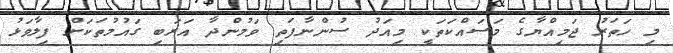
މި ހަތަރު ޖަމިއްޔާގެ މަސައްކަތަކީ މިއަދު ސުންނާފަތި ވަމުންދާ އަރަބި ގައުމުތަކަށް ފިލާވަޅު